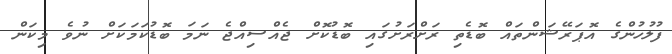
ފުލުހުންގެ އޮޕަރޭޝަންތައް ބޮޑެތި ރަށްރަށުގައި ބޮޑުކޮށް ޖެއްސިއްޖެ ނަމަ ބޮޑުކަމަކަށް ނުވެ މިކަން